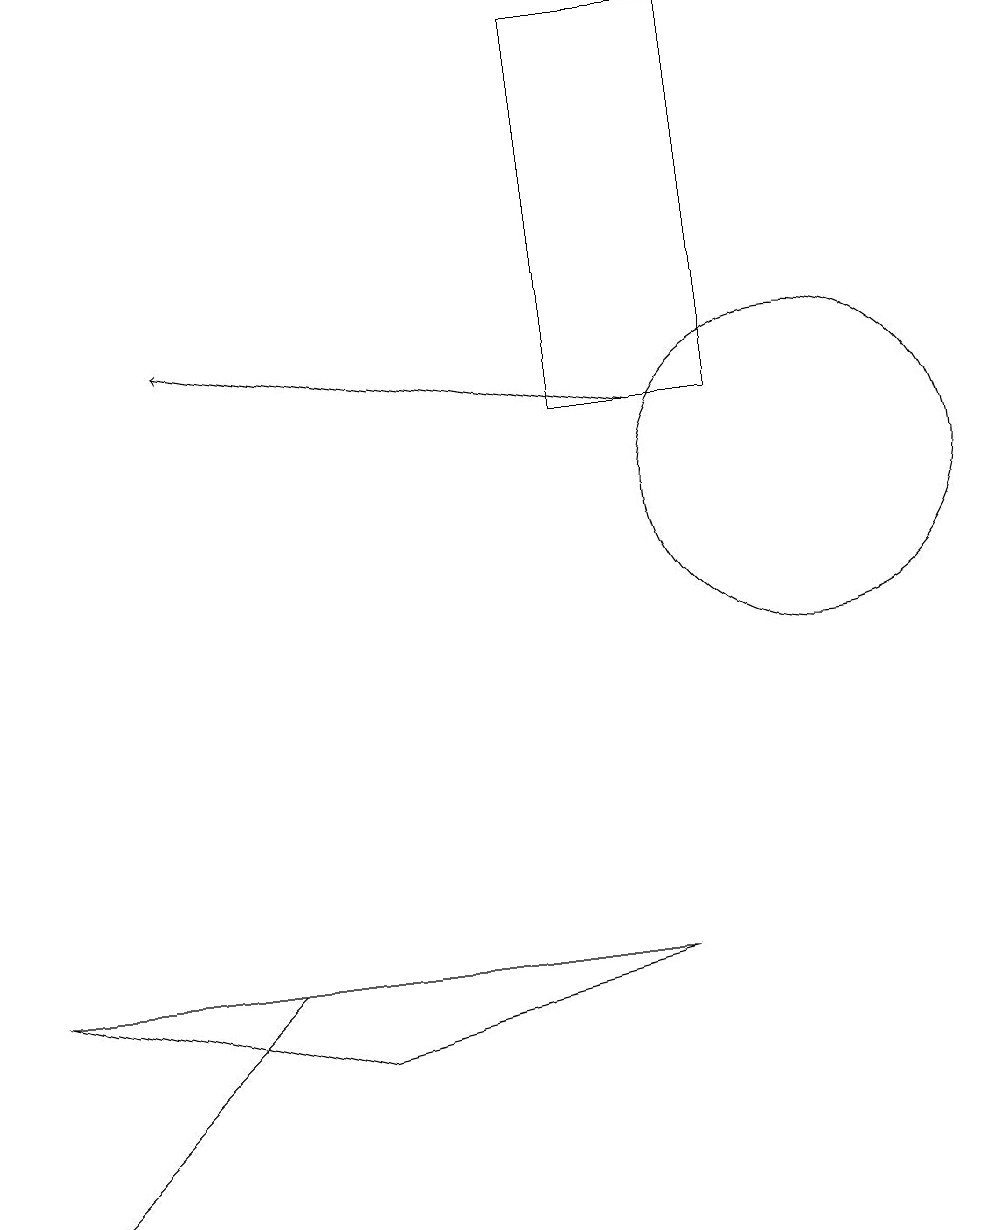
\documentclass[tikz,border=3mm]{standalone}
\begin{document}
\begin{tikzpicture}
\draw (9,17) rectangle (7,12);
\draw[->] (8,12) -- (2,13);
\draw (10,11) circle (2);
\draw (0,2) -- (3,5) -- (0,2) -- cycle;
\draw (4,4) -- (8,5) -- (0,5) -- cycle;
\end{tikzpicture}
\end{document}